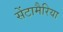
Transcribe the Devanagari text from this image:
सेंटामैरिया